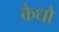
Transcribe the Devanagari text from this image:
कैधौ